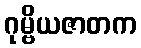
ဂုမ္ဗိယဇာတက